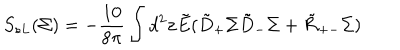
LaTeX: S _ { s L } ( \Sigma ) = - \frac { 1 0 } { 8 \pi } \int d ^ { 2 } { \bf z } \tilde { E } ( \tilde { D } _ { + } \Sigma \tilde { D } _ { - } \Sigma + \tilde { \cal R } _ { + - } \Sigma )